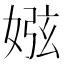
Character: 娹